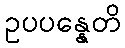
ဥပပန္နေတိ